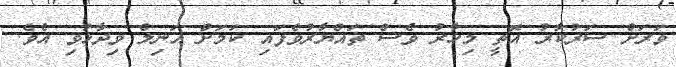
ވަރަށް ސަރުކާރު އޮތީ މިހާރު ވެސް ތައްޔާރުވެފައި ކަމަށް އަނިލް ވިދާޅުވި އެވެ.